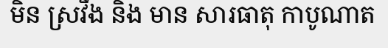
មិន ស្រវឹង និង មាន សារធាតុ កាបូណាត